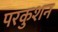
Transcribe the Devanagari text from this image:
परकुशन